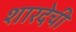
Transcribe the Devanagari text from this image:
शारदेची